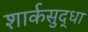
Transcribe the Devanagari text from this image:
शार्कसुद्धा